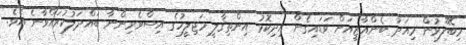
މިބޭފޫޅުން މިއަދު ބެންޣާޒީއަށް ވަޑައިގެން އިދިކޮޅު އިންތިޤާލީ މަޖިލީހުގެ އިސްވެރިންނާ ބައްދަލުކުރައްވާނެ އެވެ.